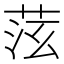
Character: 𦯫